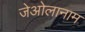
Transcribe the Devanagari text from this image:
जेओलानाम